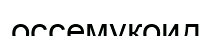
оссемукоид